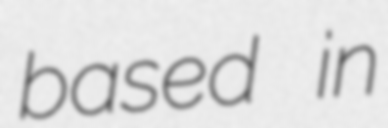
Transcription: based in